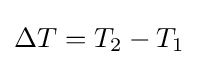
\Delta T=T_{2}-T_{1}